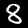
Digit: 8